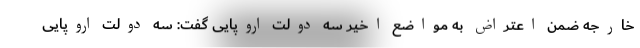
خارجه ضمن اعتراض به مواضع اخیر سه دولت اروپایی گفت: سه دولت اروپایی